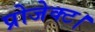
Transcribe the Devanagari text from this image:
प्रोजेक्ट।